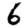
Digit: 6